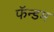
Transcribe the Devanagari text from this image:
फॅन्डम